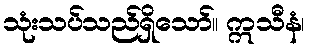
သုံးသပ်သည်ရှိသော်။ ဣသီနံ၊